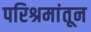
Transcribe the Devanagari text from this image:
परिश्रमांतून